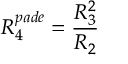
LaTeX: R _ { 4 } ^ { p a d e } = \frac { R _ { 3 } ^ { 2 } } { R _ { 2 } }